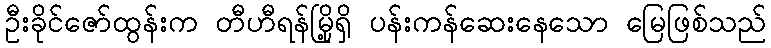
ဦးခိုင်ဇော်ထွန်းက တီဟီရန်မြို့ရှိ ပန်းကန်ဆေးနေသော မြေဖြစ်သည်